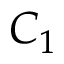
C _ { 1 }